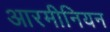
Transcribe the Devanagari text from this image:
आरमीनियन